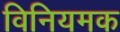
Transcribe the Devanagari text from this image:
विनियमक